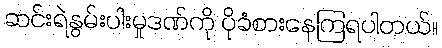
ဆင်းရဲနွမ်းပါးမှုဒဏ်ကို ပိုခံစားနေကြရပါတယ်။